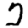
Digit: 2